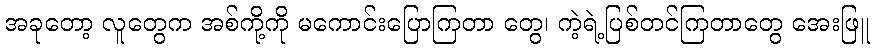
အခုတော့ လူတွေက အစ်ကို့ကို မကောင်းပြောကြတာ တွေ၊ ကဲ့ရဲ့ပြစ်တင်ကြတာတွေ အေးဖြူ